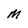
Character: M